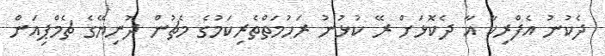
ދެކުނު އެފްރިކާ އާ ދެކޮޅަށް ރޭ ކުޅުނު ރަހުމަތްތެރިކަމުގެ މެޗުން ދުނިޔޭގެ ޗެމްޕިއަން